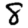
Digit: 8